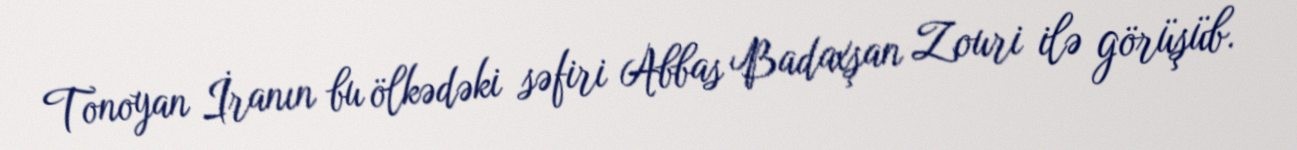
Tonoyan İranın bu ölkədəki səfiri Abbas Badaxşan Zouri ilə görüşüb.